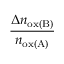
\frac { \Delta n _ { \mathrm { o x ( B ) } } } { n _ { \mathrm { o x ( A ) } } }